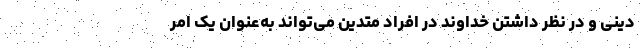
دینی و در نظر داشتن خداوند در افراد متدین می‌تواند به‌عنوان یک امر